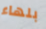
بلهاء